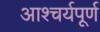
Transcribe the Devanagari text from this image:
आश्चर्यपूर्ण